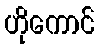
ဟိုကောင်